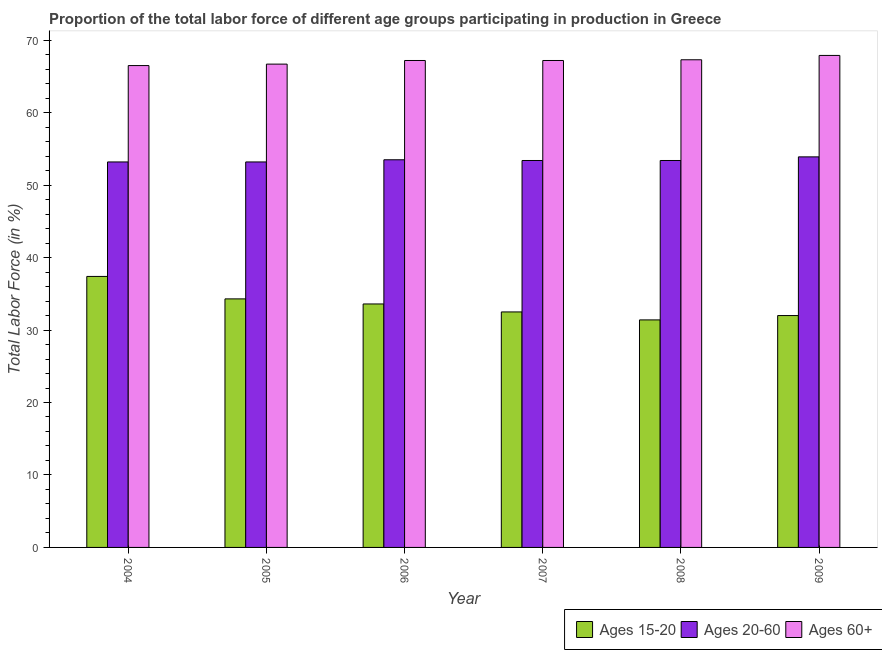
| Year | Ages 15-20 | Ages 20-60 | Ages 60+ |
 | --- | --- | --- | --- |
 | 2004 | 37.4 | 53.2 | 66.5 |
 | 2005 | 34.3 | 53.2 | 66.7 |
 | 2006 | 33.6 | 53.5 | 67.2 |
 | 2007 | 32.5 | 53.4 | 67.2 |
 | 2008 | 31.4 | 53.4 | 67.3 |
 | 2009 | 32 | 53.9 | 67.9 |